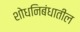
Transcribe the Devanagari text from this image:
शोधनिबंधातील